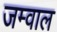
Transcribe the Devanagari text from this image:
जम्वाल